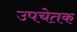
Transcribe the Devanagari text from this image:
उपचेतक